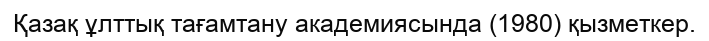
Қазақ ұлттық тағамтану академиясында (1980) қызметкер.